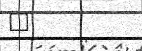
٧